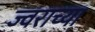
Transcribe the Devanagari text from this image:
ज्वराच्या